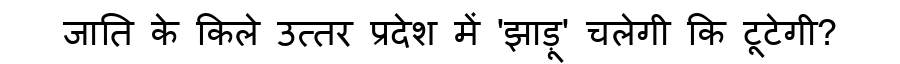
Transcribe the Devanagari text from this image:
जाति के किले उत्तर प्रदेश में 'झाड़ू' चलेगी कि टूटेगी?